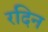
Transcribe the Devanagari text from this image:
रदिन